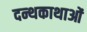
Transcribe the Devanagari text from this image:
दन्थकाथाओं